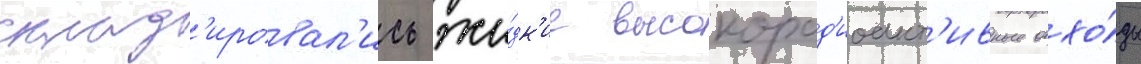
склад'ировал'ись жи́дк'ие высокорад'иоакт'ивные отхо́ды